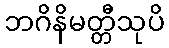
ဘဂိနိမတ္တီသုပိ